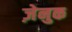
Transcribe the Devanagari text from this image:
ज़ेनुक